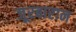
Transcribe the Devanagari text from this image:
जूरबारान